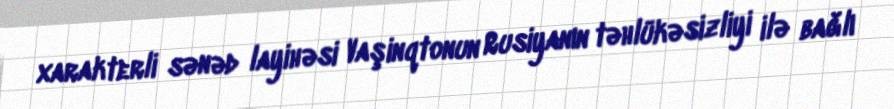
xarakterli sənəd layihəsi Vaşinqtonun Rusiyanın təhlükəsizliyi ilə bağlı